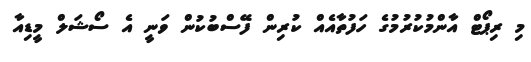
މި ރިޕޯޓް އާންމުކުރުމުގެ ހަފުތާއެއް ކުރިން ފޭސްބުކުން ވަނީ އެ ސޯޝަލް މީޑިއާ